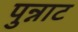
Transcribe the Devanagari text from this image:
पुन्नाट